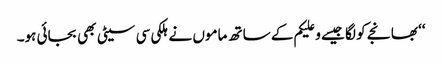
‘‘ بھانجے کو لگا جیسے وعلیکم کے ساتھ ماموں نے ہلکی سی سیٹی بھی بجائی ہو۔